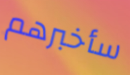
سأخبرهم